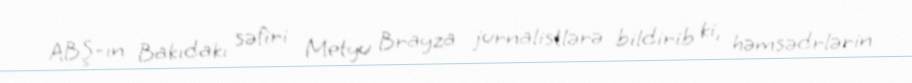
ABŞ-ın Bakıdakı səfiri Metyu Brayza jurnalistlərə bildirib ki, həmsədrlərin